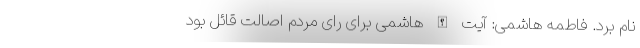
نام برد. فاطمه هاشمی: آیت الله هاشمی برای رای مردم اصالت قائل بود